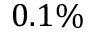
0 . 1 \%